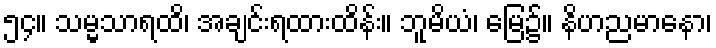
၅၄။ သမ္မသာရထိ၊ အချင်းရထားထိန်း။ ဘူမိယံ၊ မြေ၌။ နိဟညမာနော၊